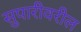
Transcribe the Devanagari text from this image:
सुपारीवरील